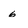
Character: 6